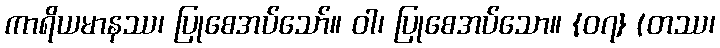
ကာရိယမာနဿ၊ ပြုစေအပ်သော်။ ဝါ၊ ပြုစေအပ်သော။ {၀၇} (တဿ၊